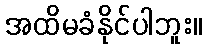
အထိမခံနိုင်ပါဘူး။